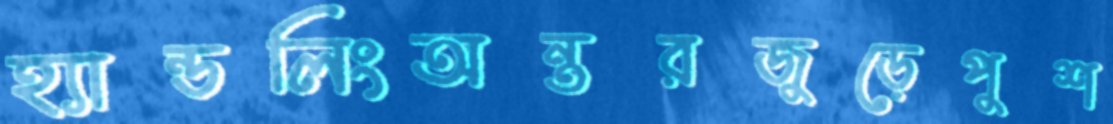
হ্যান্ডলিংঅন্তরজুড়েপুশ